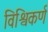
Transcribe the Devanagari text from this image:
विश्विकर्ण